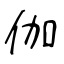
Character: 伽